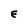
Character: E